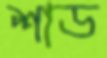
শাড